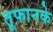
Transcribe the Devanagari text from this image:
तूफानके